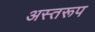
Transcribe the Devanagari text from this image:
अस्तरूप